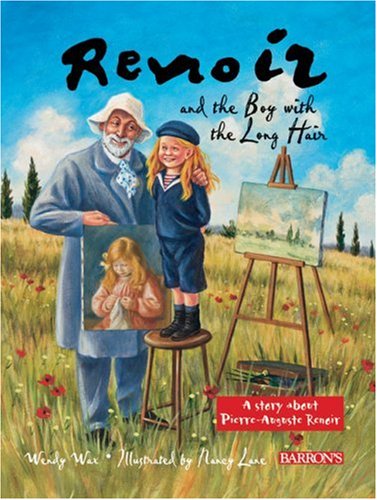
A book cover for Renoir and the Boy with the Long Hair; Wendy Wax; Children's Books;